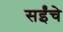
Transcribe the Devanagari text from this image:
सईंचे